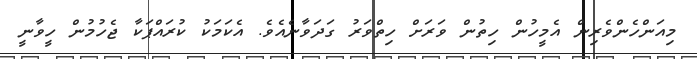
މިއަންހެންވެރިން އެމީހުން ހިތުން ވަރަށް ހިތްވަރު ގަދަވާނެއެވެ. އެކަމަކު ކުރައްޕަކާ ޖެހުމުން ހީވާނީ